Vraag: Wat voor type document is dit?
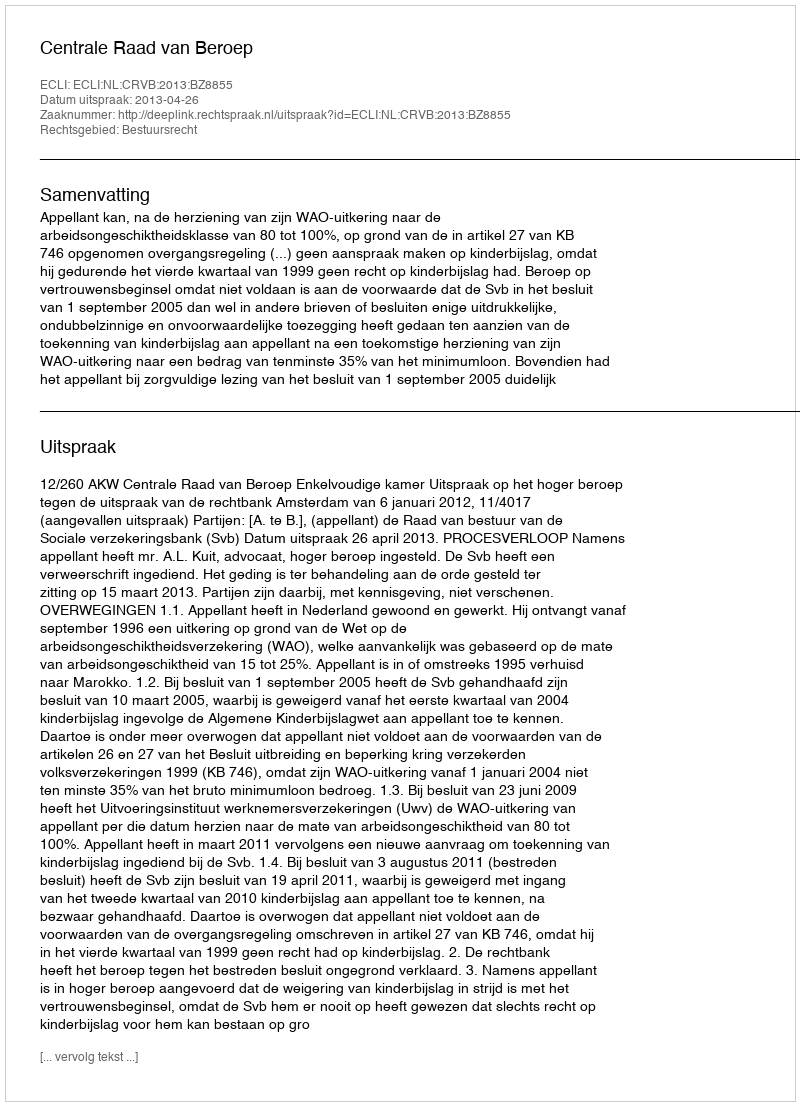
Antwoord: Uitspraak